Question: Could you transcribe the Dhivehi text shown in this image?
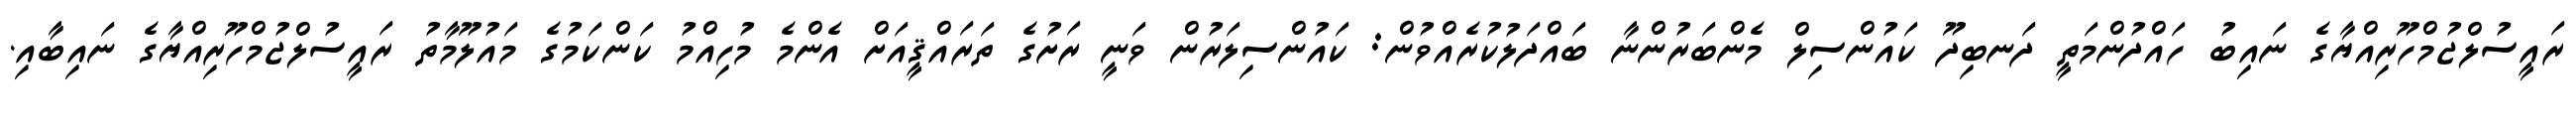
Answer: ރައީސުލްޖުމްހޫރިއްޔާގެ ނައިބު ހައްދުންމަތީ ދަނބިދޫ ކައުންސިލް މެންބަރުންނާ ބައްދަލުކުރެއްވުން: ކައުންސިލަރުން ވަނީ ރަށުގެ ތަރައްޤީއަށް އެންމެ މުހިއްމު ކަންކަމުގެ މައުލޫމާތު ރައީސުލްޖުމްހޫރިއްޔާގެ ނައިބާއި.